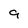
Character: 9